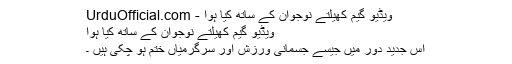
ویڈیو گیم کھیلتے نوجوان کے ساتھ کیا ہوا - UrduOfficial.com
ویڈیو گیم کھیلتے نوجوان کے ساتھ کیا ہوا
اس جدید دور میں جیسے جسمانی ورزش اور سرگرمیاں ختم ہو چکی ہیں ۔